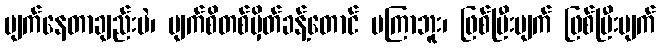
ပျက်နေတာချည်းပဲ၊ မျက်စိတစ်မှိတ်ခန့်တောင် မကြာဘူး၊ ဖြစ်ပြီးပျက် ဖြစ်ပြီးပျက်